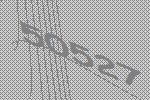
50527